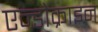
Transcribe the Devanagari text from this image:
एन्डोक्राइन